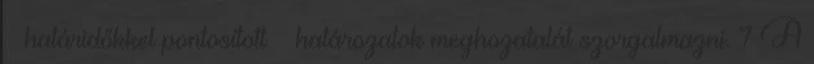
– határidőkkel pontosított – határozatok meghozatalát szorgalmazni. 7 A